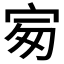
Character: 𡧴